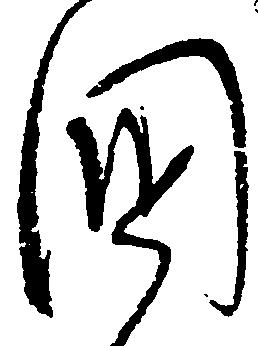
国